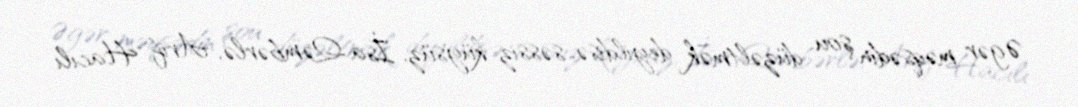
Əgər məqsədin şou düzəltmək deyildisə, səssiz-küysüz, İsa Qəmbərlə, Arif Hacılı